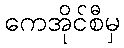
ကေအိုင်စီမှ